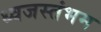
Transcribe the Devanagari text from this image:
ध्‍वजस्‍तंभम